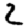
Digit: 2